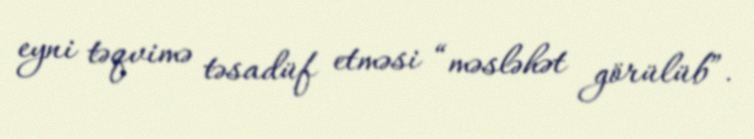
eyni təqvimə təsadüf etməsi “məsləhət görülüb”.